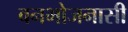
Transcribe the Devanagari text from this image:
वनभोजनासी